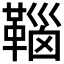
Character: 𩋈